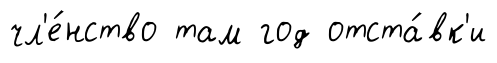
чл'е́нство там год отста́вк'и